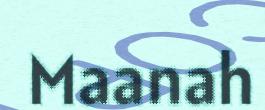
Maanah